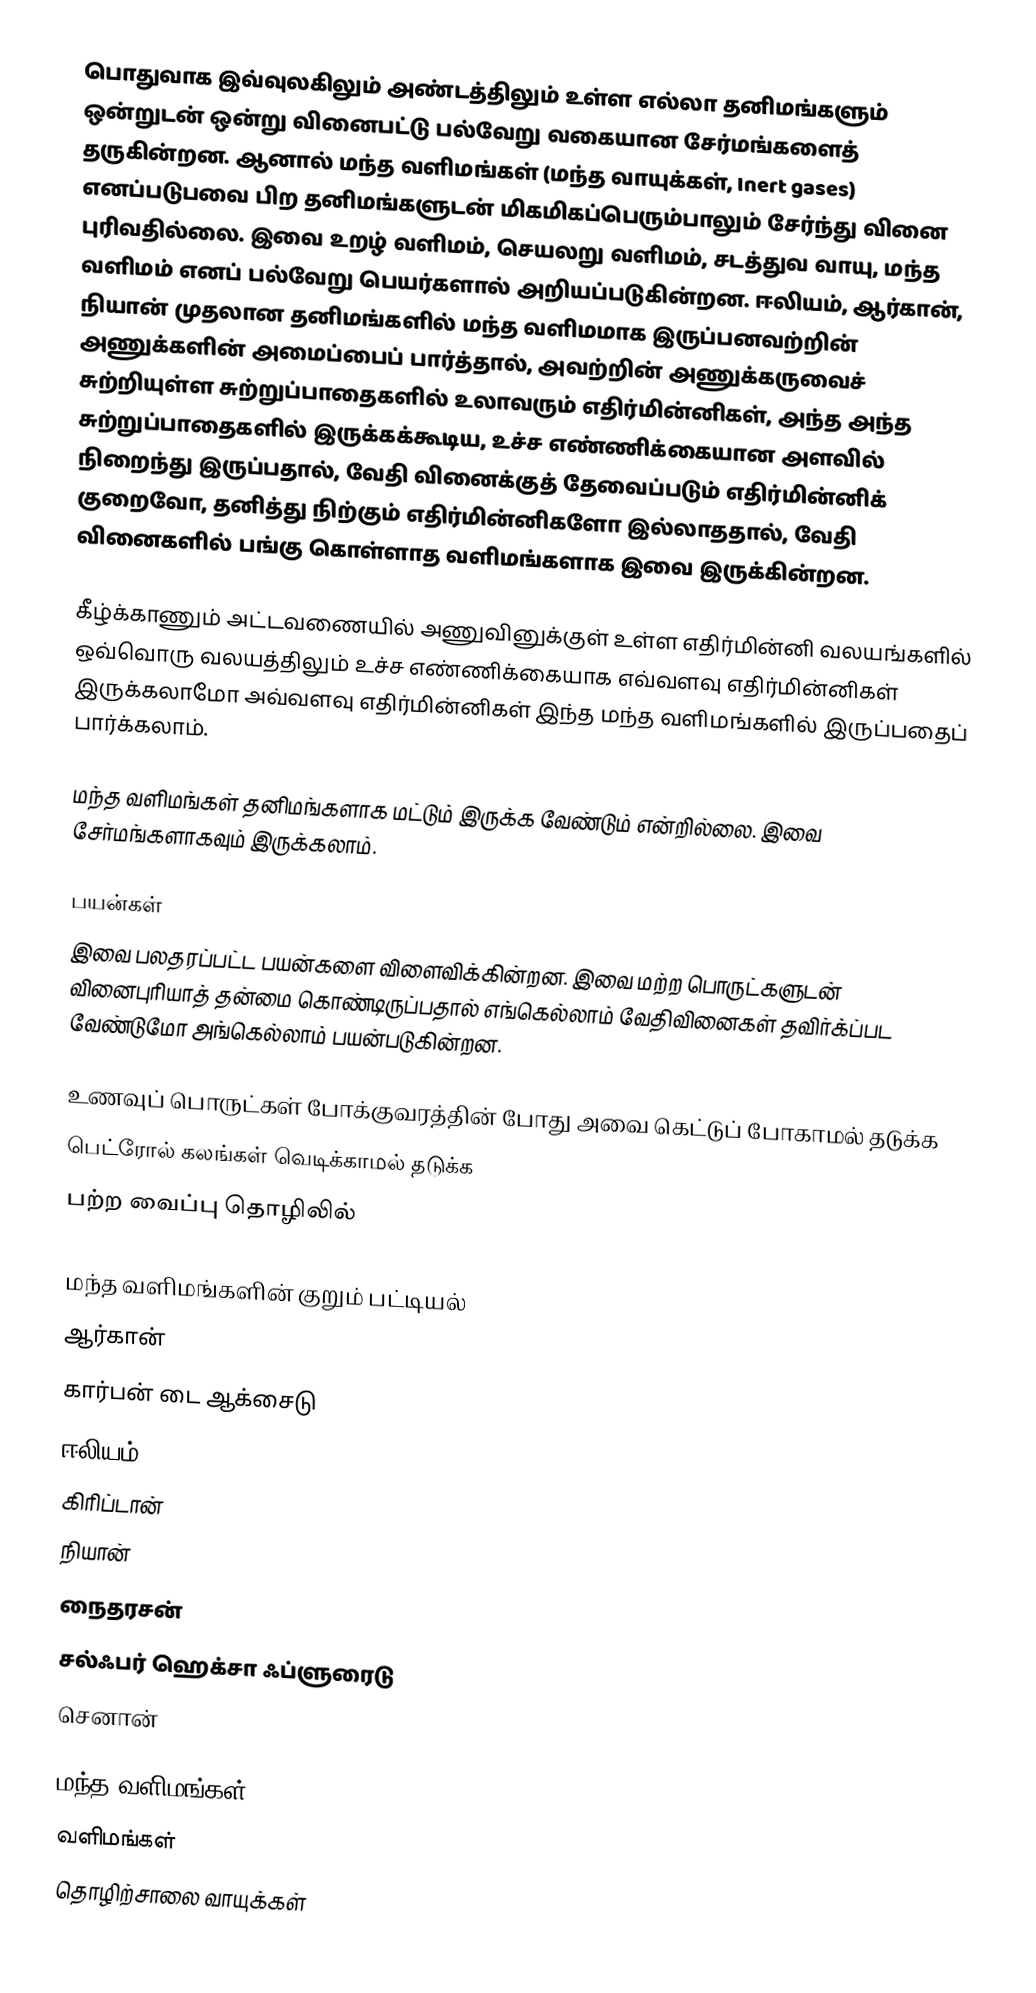
பொதுவாக இவ்வுலகிலும் அண்டத்திலும் உள்ள எல்லா தனிமங்களும் ஒன்றுடன் ஒன்று வினைபட்டு பல்வேறு வகையான சேர்மங்களைத் தருகின்றன. ஆனால் மந்த வளிமங்கள் (மந்த வாயுக்கள், Inert gases) எனப்படுபவை பிற தனிமங்களுடன் மிகமிகப்பெரும்பாலும் சேர்ந்து வினை புரிவதில்லை. இவை உறழ் வளிமம், செயலறு வளிமம், சடத்துவ வாயு, மந்த வளிமம் எனப் பல்வேறு பெயர்களால் அறியப்படுகின்றன. ஈலியம், ஆர்கான், நியான் முதலான தனிமங்களில் மந்த வளிமமாக இருப்பனவற்றின் அணுக்களின் அமைப்பைப் பார்த்தால், அவற்றின் அணுக்கருவைச் சுற்றியுள்ள சுற்றுப்பாதைகளில் உலாவரும் எதிர்மின்னிகள், அந்த அந்த சுற்றுப்பாதைகளில் இருக்கக்கூடிய, உச்ச எண்ணிக்கையான அளவில் நிறைந்து இருப்பதால், வேதி வினைக்குத் தேவைப்படும் எதிர்மின்னிக் குறைவோ, தனித்து நிற்கும் எதிர்மின்னிகளோ இல்லாததால், வேதி வினைகளில் பங்கு கொள்ளாத வளிமங்களாக இவை இருக்கின்றன.

கீழ்க்காணும் அட்டவணையில் அணுவினுக்குள் உள்ள எதிர்மின்னி வலயங்களில் ஒவ்வொரு வலயத்திலும் உச்ச எண்ணிக்கையாக எவ்வளவு எதிர்மின்னிகள் இருக்கலாமோ அவ்வளவு எதிர்மின்னிகள் இந்த மந்த வளிமங்களில் இருப்பதைப் பார்க்கலாம்.

மந்த வளிமங்கள் தனிமங்களாக மட்டும் இருக்க வேண்டும் என்றில்லை. இவை சேர்மங்களாகவும் இருக்கலாம்.

பயன்கள்
இவை பலதரப்பட்ட பயன்களை விளைவிக்கின்றன. இவை மற்ற பொருட்களுடன் வினைபுரியாத் தன்மை கொண்டிருப்பதால் எங்கெல்லாம் வேதிவினைகள் தவிர்க்ப்பட வேண்டுமோ அங்கெல்லாம் பயன்படுகின்றன.

உணவுப் பொருட்கள் போக்குவரத்தின் போது அவை கெட்டுப் போகாமல் தடுக்க
 பெட்ரோல் கலங்கள் வெடிக்காமல் தடுக்க
 பற்ற வைப்பு தொழிலில்

மந்த வளிமங்களின் குறும் பட்டியல்
ஆர்கான்
கார்பன் டை ஆக்சைடு
ஈலியம்
கிரிப்டான்
நியான்
நைதரசன்
சல்ஃபர் ஹெக்சா ஃப்ளுரைடு
செனான்

மந்த வளிமங்கள்
வளிமங்கள்
தொழிற்சாலை வாயுக்கள்